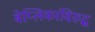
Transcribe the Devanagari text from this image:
बेय्लिकांविरुद्ध